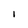
Character: I